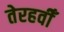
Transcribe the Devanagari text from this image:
तेरहवीँ